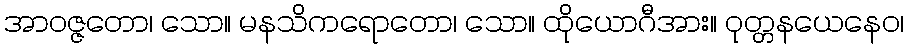
အာဝဇ္ဇတော၊ သော။ မနသိကရောတော၊ သော။ ထိုယောဂီအား။ ဝုတ္တနယေနေဝ၊